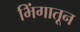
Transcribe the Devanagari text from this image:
भिंगातून